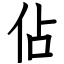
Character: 佔